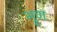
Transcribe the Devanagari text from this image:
भ्रूण